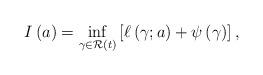
LaTeX: \begin{align*}I \left( a \right) = \inf_{\gamma \in \mathcal{R} \left( t \right)} \left[ \ell \left( \gamma ; a \right) + \psi \left( \gamma \right) \right], \end{align*}